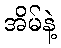
အိမ်နဲ့